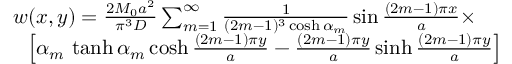
{ \begin{array} { r l } & { w ( x , y ) = { \frac { 2 M _ { 0 } a ^ { 2 } } { \pi ^ { 3 } D } } \sum _ { m = 1 } ^ { \infty } { \frac { 1 } { ( 2 m - 1 ) ^ { 3 } \cosh \alpha _ { m } } } \sin { \frac { ( 2 m - 1 ) \pi x } { a } } \times } \\ & { ~ ~ \left[ \alpha _ { m } \, \operatorname { t a n h } \alpha _ { m } \cosh { \frac { ( 2 m - 1 ) \pi y } { a } } - { \frac { ( 2 m - 1 ) \pi y } { a } } \sinh { \frac { ( 2 m - 1 ) \pi y } { a } } \right] } \end{array} }